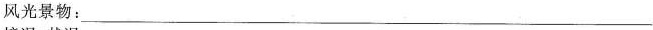
风光景物：___